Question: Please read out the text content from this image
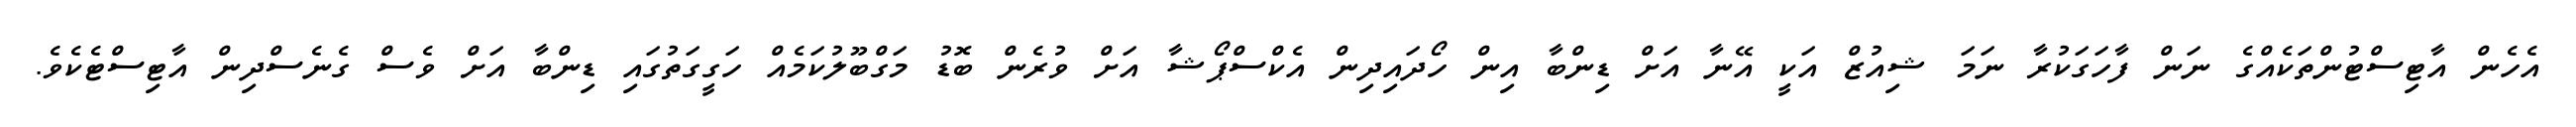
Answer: އެހެން އާޓިސްޓުންތަކެއްގެ ނަން ފާހަގަކުރާ ނަމަ ޝިއުޒް އަކީ އޭނާ އަށް ޑިންބާ އިން ހޯދައިދިން އެކްސްޕޯޝާ އަށް ވުރެން ބޮޑު މަގްބޫލުކަމެއް ހަގީގަތުގައި ޑިންބާ އަށް ވެސް ގެނެސްދިން އާޓިސްޓެކެވެ.